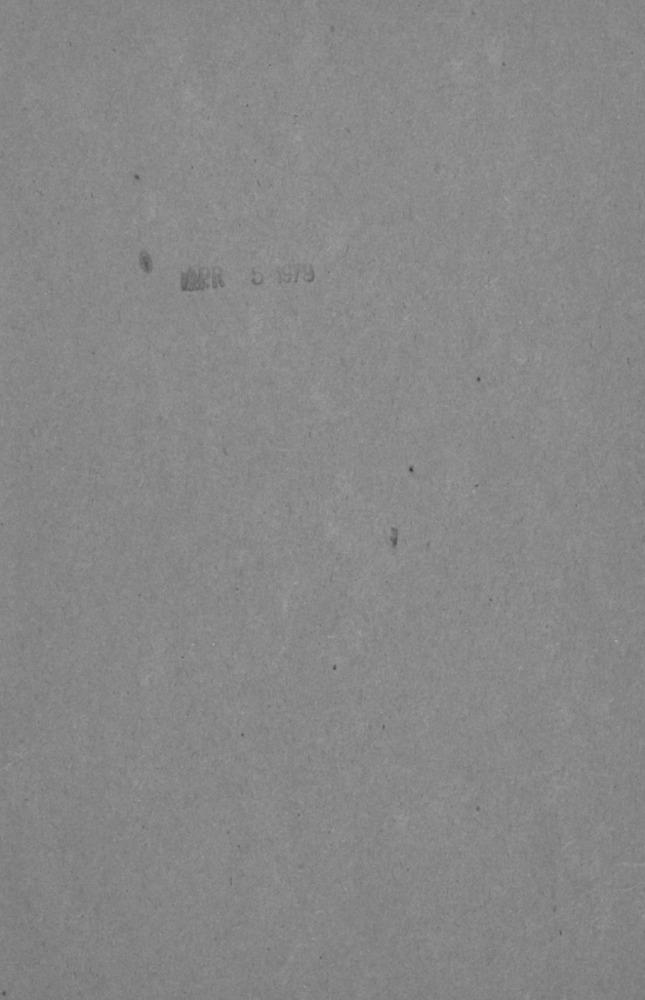
MARK 5/19/9